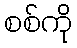
စစ်ကို